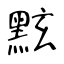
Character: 𪐷